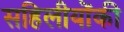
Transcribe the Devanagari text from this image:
सहिलीयोंकी